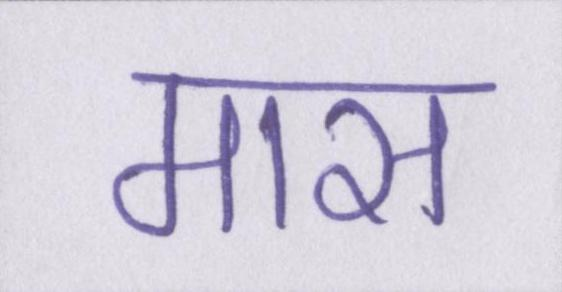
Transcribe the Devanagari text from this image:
मास